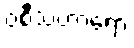
ဝစီသံဟာရော